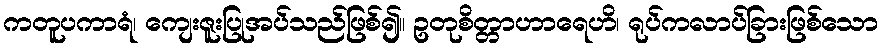
ကတူပကာရံ၊ ကျေးဇူးပြုအပ်သည်ဖြစ်၍။ ဥတုစိတ္တာဟာရေဟိ၊ ရုပ်ကလာပ်ခြားဖြစ်သော